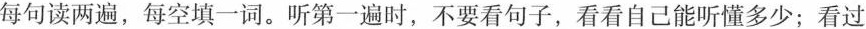
每句读两遍,每空填一词.听第一遍时,不要看句子,看看自己能听懂多少;看过